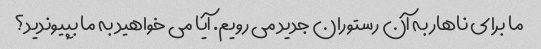
ما برای ناهار به آن رستوران جدید می رویم. آیا می خواهید به ما بپیوندید؟